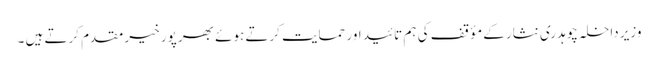
وزیر داخلہ چوہدری نثار کے مؤقف کی ہم تائید اور حمایت کرتے ہوئے بھر پور خیر مقدم کرتے ہیں ۔